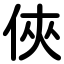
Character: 俠